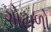
ગોટાળો